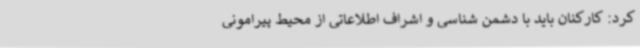
کرد: کارکنان باید با دشمن شناسی و اشراف اطلاعاتی از محیط پیرامونی